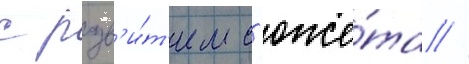
с разв'и́т'ием с'юже́та /